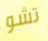
تشو